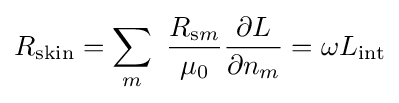
R_{\mathrm {skin} }=\sum _{m}\ {\frac {R_{\mathrm {s} m}}{\mu _{0}}}{\frac {\partial L}{\partial n_{m}}}=\omega L_{\mathrm {int} }